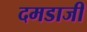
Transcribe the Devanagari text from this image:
दमडाजी